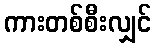
ကားတစ်စီးလျှင်